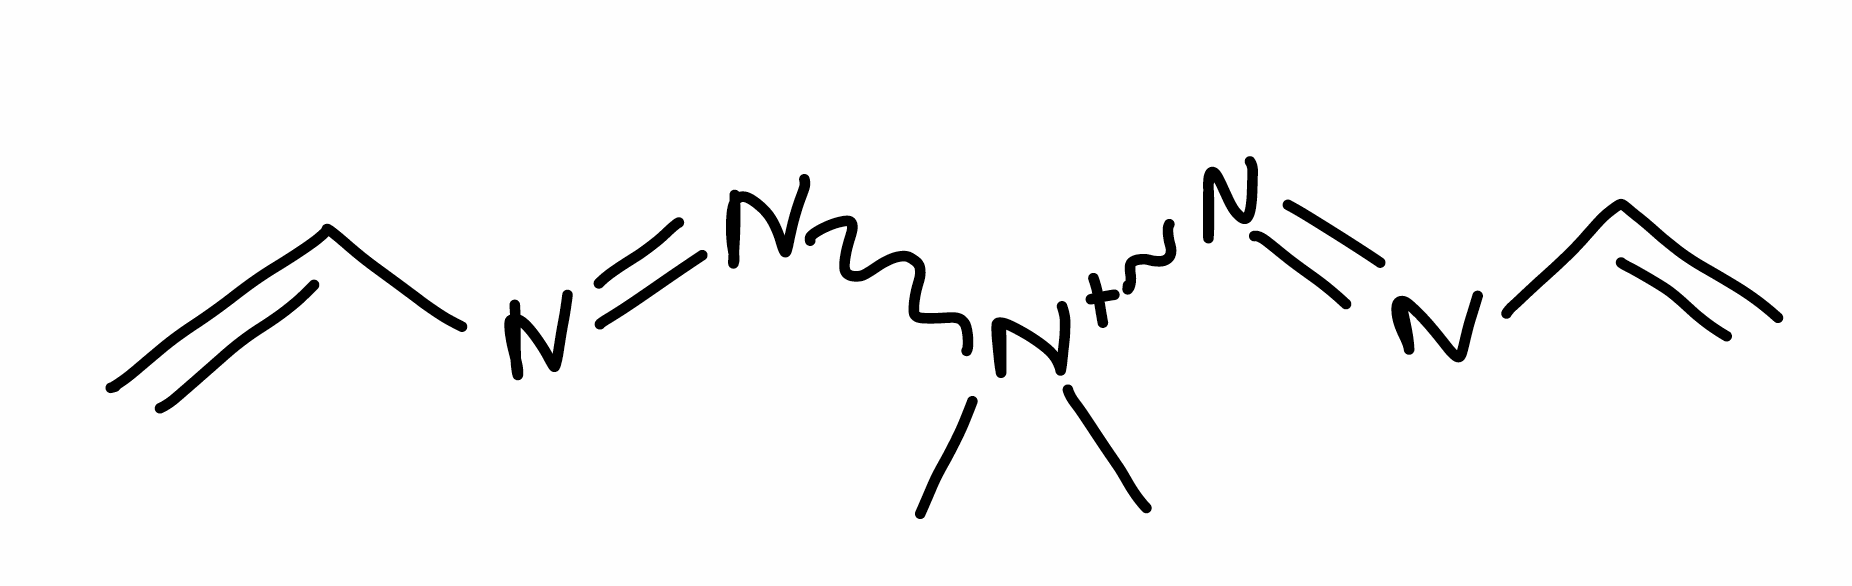
Simplified molecular-input line-entry system (SMILES) notation of the given molecule:
C[N+](C)(N=NC=C)N=NC=C